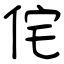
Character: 侘